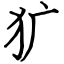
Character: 犷